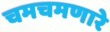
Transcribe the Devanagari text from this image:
चमचमणारे